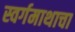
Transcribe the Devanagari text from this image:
स्वर्गमाथाचा